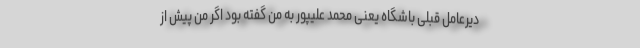
دیرعامل قبلی باشگاه یعنی محمد علیپور به من گفته بود اگر من پیش از